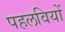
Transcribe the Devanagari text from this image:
पहलवियों